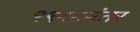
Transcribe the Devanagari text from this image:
१९८८नंतर